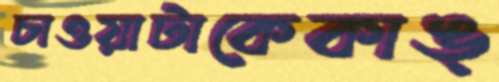
চাওয়াটাকেকাঙ্